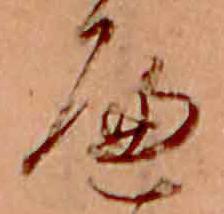
へ